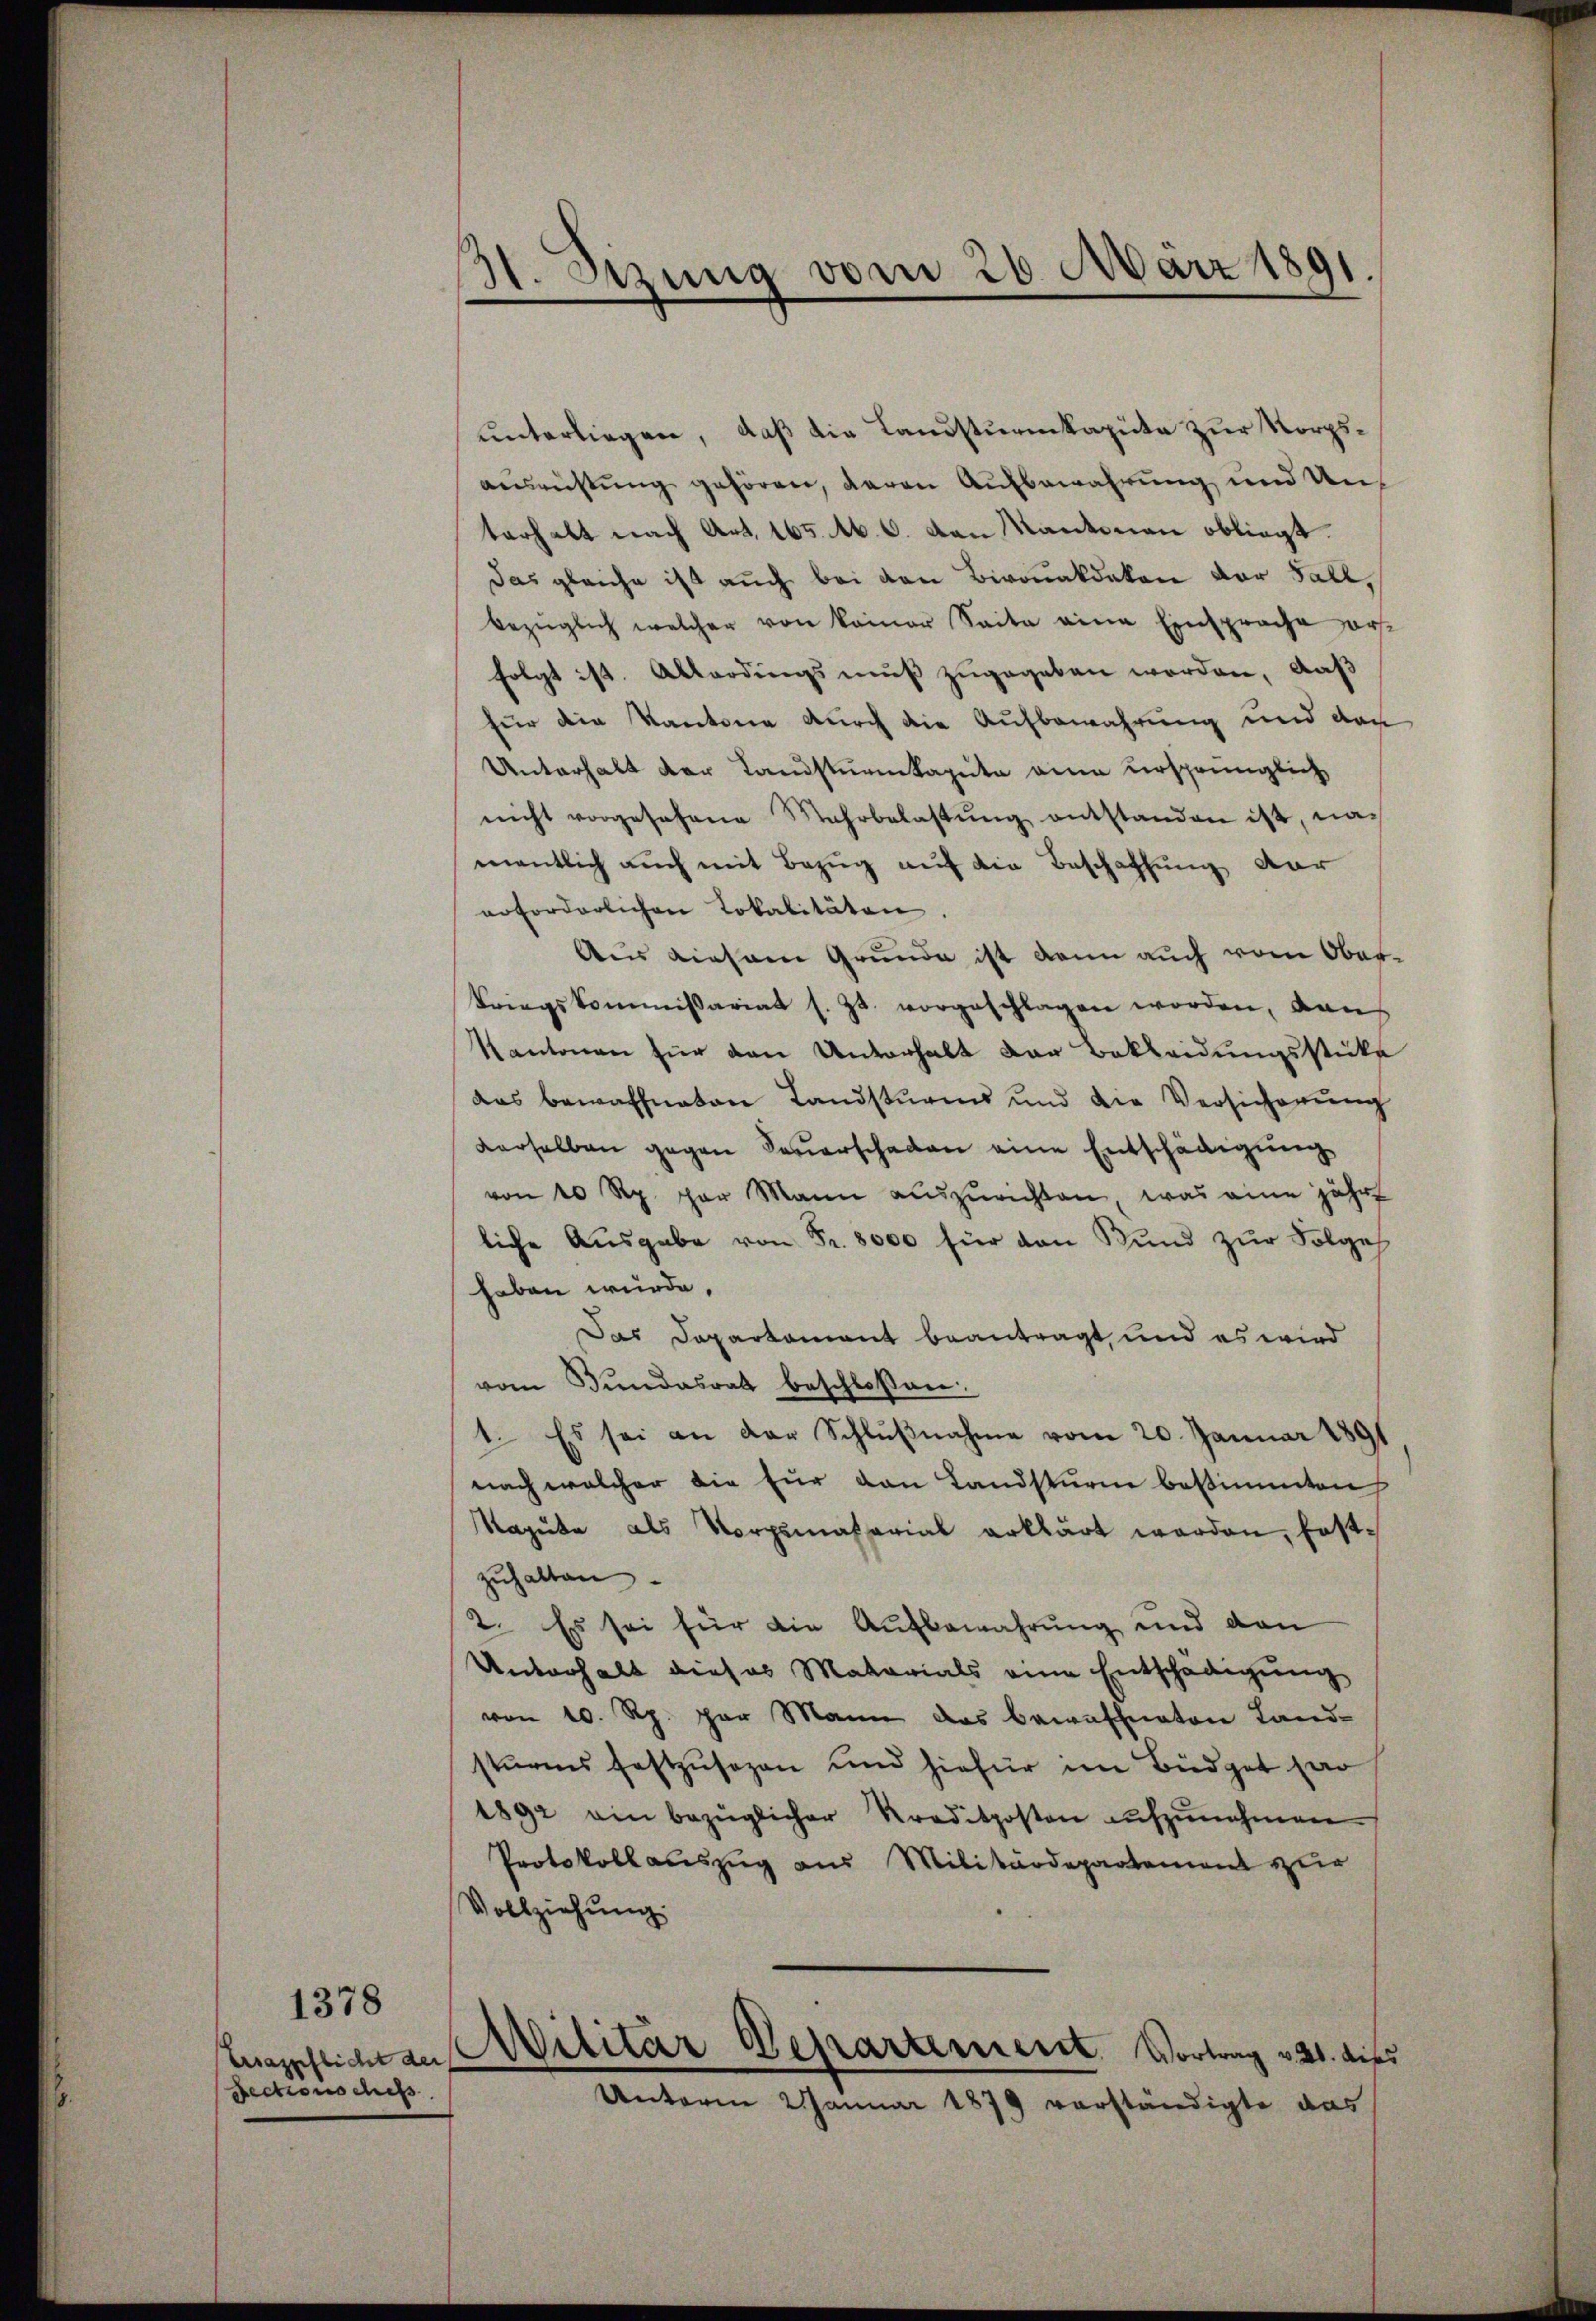
Ersazpflicht der
Sectionsches

1378

31. Dezung vom 26. März 1891.

unterliegen, daß die Landsturmkapute zur Norgsausrüstung gehören, deren Aufbewahrung und Unterhalt nach Art. 165. M. C. von Kantonen obliegt.
Das gleiche ist auch bei den Bironakdakon vor Fall,
bezüglich welcher von keiner Seite eine Einsprache ersfolgt ist. Allerdings muß zugegeben worden, daß
für die Kantone durch die Aufbewahrung und der
Unterhalt der Landsturmkapita eine ursprünglich
nicht vorgesehene Wahrbelastŭng entstanden ist, nac
mentlich auch mit Bezug auf die Beschaffung dar
erforderlichen Lokalitäten.
Aus diesem Grunde ist dann auch vom Ober¬
Kriegskommissariat s. Zt. vorgeschlagen worden, dan
Kantonen für den Unterhalt der Bekleidungsstücke
das bewaffneten Landsturms und die Versicherŭng
derselben gegen Feuerschaden eine Entschädigung
von 10 Rp. par Mann auszurichten, was eine jähr
liche Ausgabe von Fr. 8000 für den Bund zur Folge
haben wurde.
Das Departament beantragt, und es wird
vom Bundesrat beschlossen:
1. Es sei an der Schlŭβnahme vom 20. Januar 1891
nach welcher die für den Landsturm bestimmten
Magute als Vorpassarial erklärt worden, festzuhalten
2. Es sei für die Aufbewahrung und den
Unterhalt dieses Materials eine Entschädigung
von 10. Rp. par Mann das bewaffnaten Land-
sturms festzusagen und hiefür im Büdget sa
1892 ein bezüglicher Kreditposten aŭfzŭnehmen.
Protokollauszug aus Militärdepartement zur
Vollziehŭng.
Militar Departement. Vortrag v. 21. dies
Unterm 2 Januar 1879 verständigte das